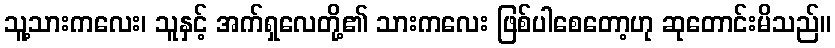
သူ့သားကလေး၊ သူနှင့် အက်ရှလေတို့၏ သားကလေး ဖြစ်ပါစေတော့ဟု ဆုတောင်းမိသည်။